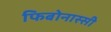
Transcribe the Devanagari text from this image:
फिबोनास्सी